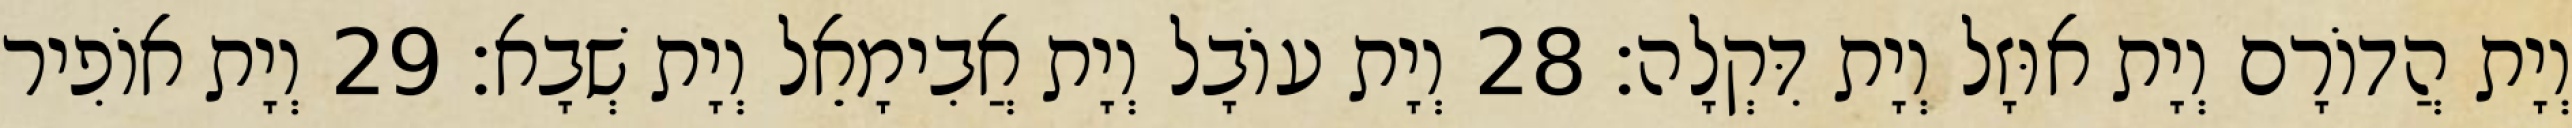
וְיָת הֲדוֹרָם וְיָת אוּזָל וְיָת דִּקְלָה׃ 28 וְיָת עוֹבָל וְיָת אֲבִימָאֵל וְיָת שְׁבָא׃ 29 וְיָת אוֹפִיר